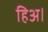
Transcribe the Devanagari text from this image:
हिअ।